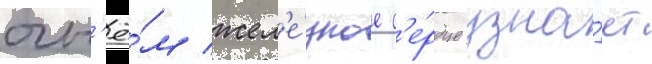
огн'ё́м жел'е́зное с'е́рдце узна́ет